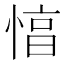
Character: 㥫